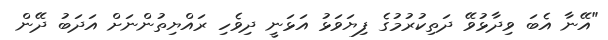
"އޭނާ އެބަ ވިދާޅުވޭ ދަތިކުރުމުގެ ފިޔަވަޅު އަޅަނީ ދިވެހި ރައްޔިތުންނަށް އަދަބު ދޭން